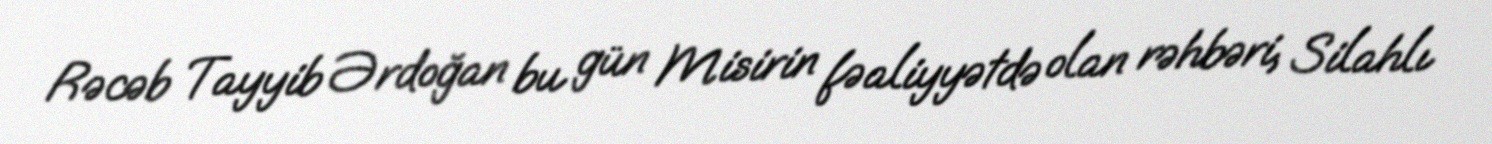
Rəcəb Tayyib Ərdoğan bu gün Misirin fəaliyyətdə olan rəhbəri, Silahlı